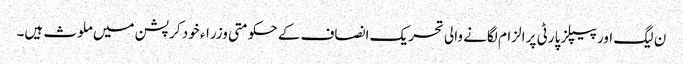
ن لیگ اور پیپلز پارٹی پر الزام لگانے والی تحریک انصاف کے حکومتی وزراء خود کرپشن میں ملوث ہیں۔